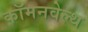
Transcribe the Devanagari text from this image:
कॉमनवेल्‍थ